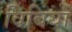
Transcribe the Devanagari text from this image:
विबिया